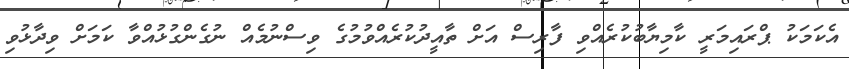
އެކަމަކު ޕްރައިމަރީ ކާމިޔާބުކުރެއްވި ފާރިސް އަށް ތާއީދުކުރެއްވުމުގެ ވިސްނުމެއް ނުގެންގުޅުއްވާ ކަމަށް ވިދާޅުވި